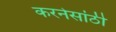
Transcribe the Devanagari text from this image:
करनेसांठी